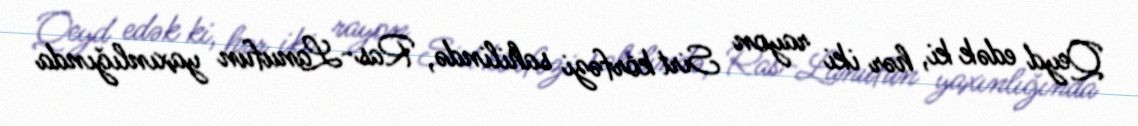
Qeyd edək ki, hər iki rayon Sirt körfəzi sahilində, Ras-Lanufun yaxınlığında